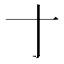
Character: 𬺰